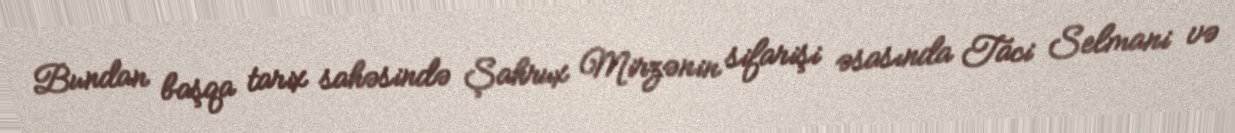
Bundan başqa tarix sahəsində Şahrux Mirzənin sifarişi əsasında Taci Selmani və